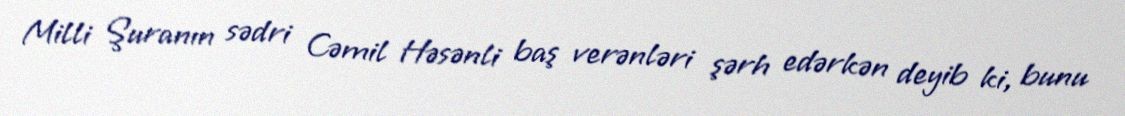
Milli Şuranın sədri Cəmil Həsənli baş verənləri şərh edərkən deyib ki, bunu